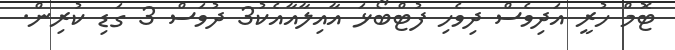
ޓޮމް ހުރީ އަދިވެސް ދިވެހި ފުޓްބޯޅަ އާއިލާއާއެކު3 ދުވަސް 3 ގަޑި ކުރިން.